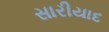
સારીયાદ